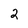
Character: 2